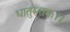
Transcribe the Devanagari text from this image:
धातुरुत्तमः।।